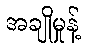
အချိုမှုန့်